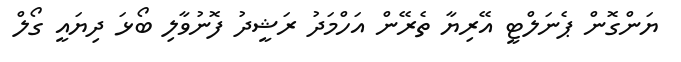
ޔަންގޮން ޕެނަލްޓީ އޭރިޔާ ތެރޭން އަހްމަދު ރަޝީދު ފޮނުވާލި ބޯޅަ ދިޔައީ ގޯލް